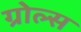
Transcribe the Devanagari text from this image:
ग्रोल्स